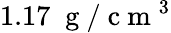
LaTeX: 1.17\; \mathrm{~g~}/\mathrm{~c~m~}^{3}